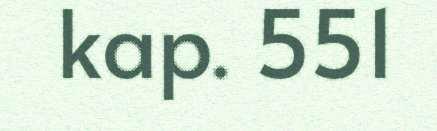
kap. 551